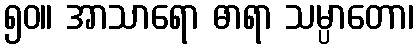
၅၀။ အာသာရော ဓာရာ သမ္ပာတော၊